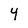
Character: 4